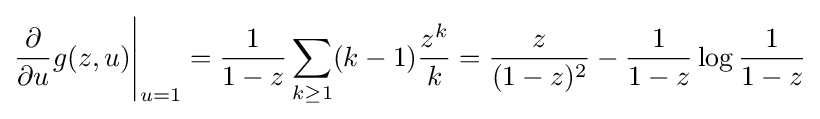
{\frac {\partial }{\partial u}}g(z,u){\Bigg |}_{u=1}={\frac {1}{1-z}}\sum _{k\geq 1}(k-1){\frac {z^{k}}{k}}={\frac {z}{(1-z)^{2}}}-{\frac {1}{1-z}}\log {\frac {1}{1-z}}